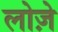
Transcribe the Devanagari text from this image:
लोज़े